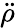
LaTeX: \ddot{\rho}